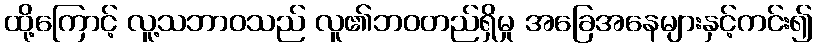
ထို့ကြောင့် လူ့သဘာဝသည် လူ၏ဘဝတည်ရှိမှု အခြေအနေများနှင့်ကင်း၍